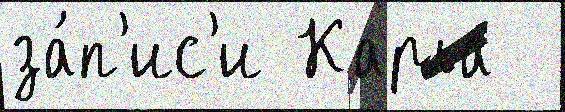
за́п'ис'и Карла